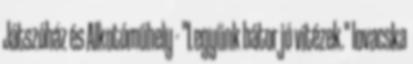
Játszóház és Alkotóműhely - "Legyünk bátor jó vitézek." lovacska